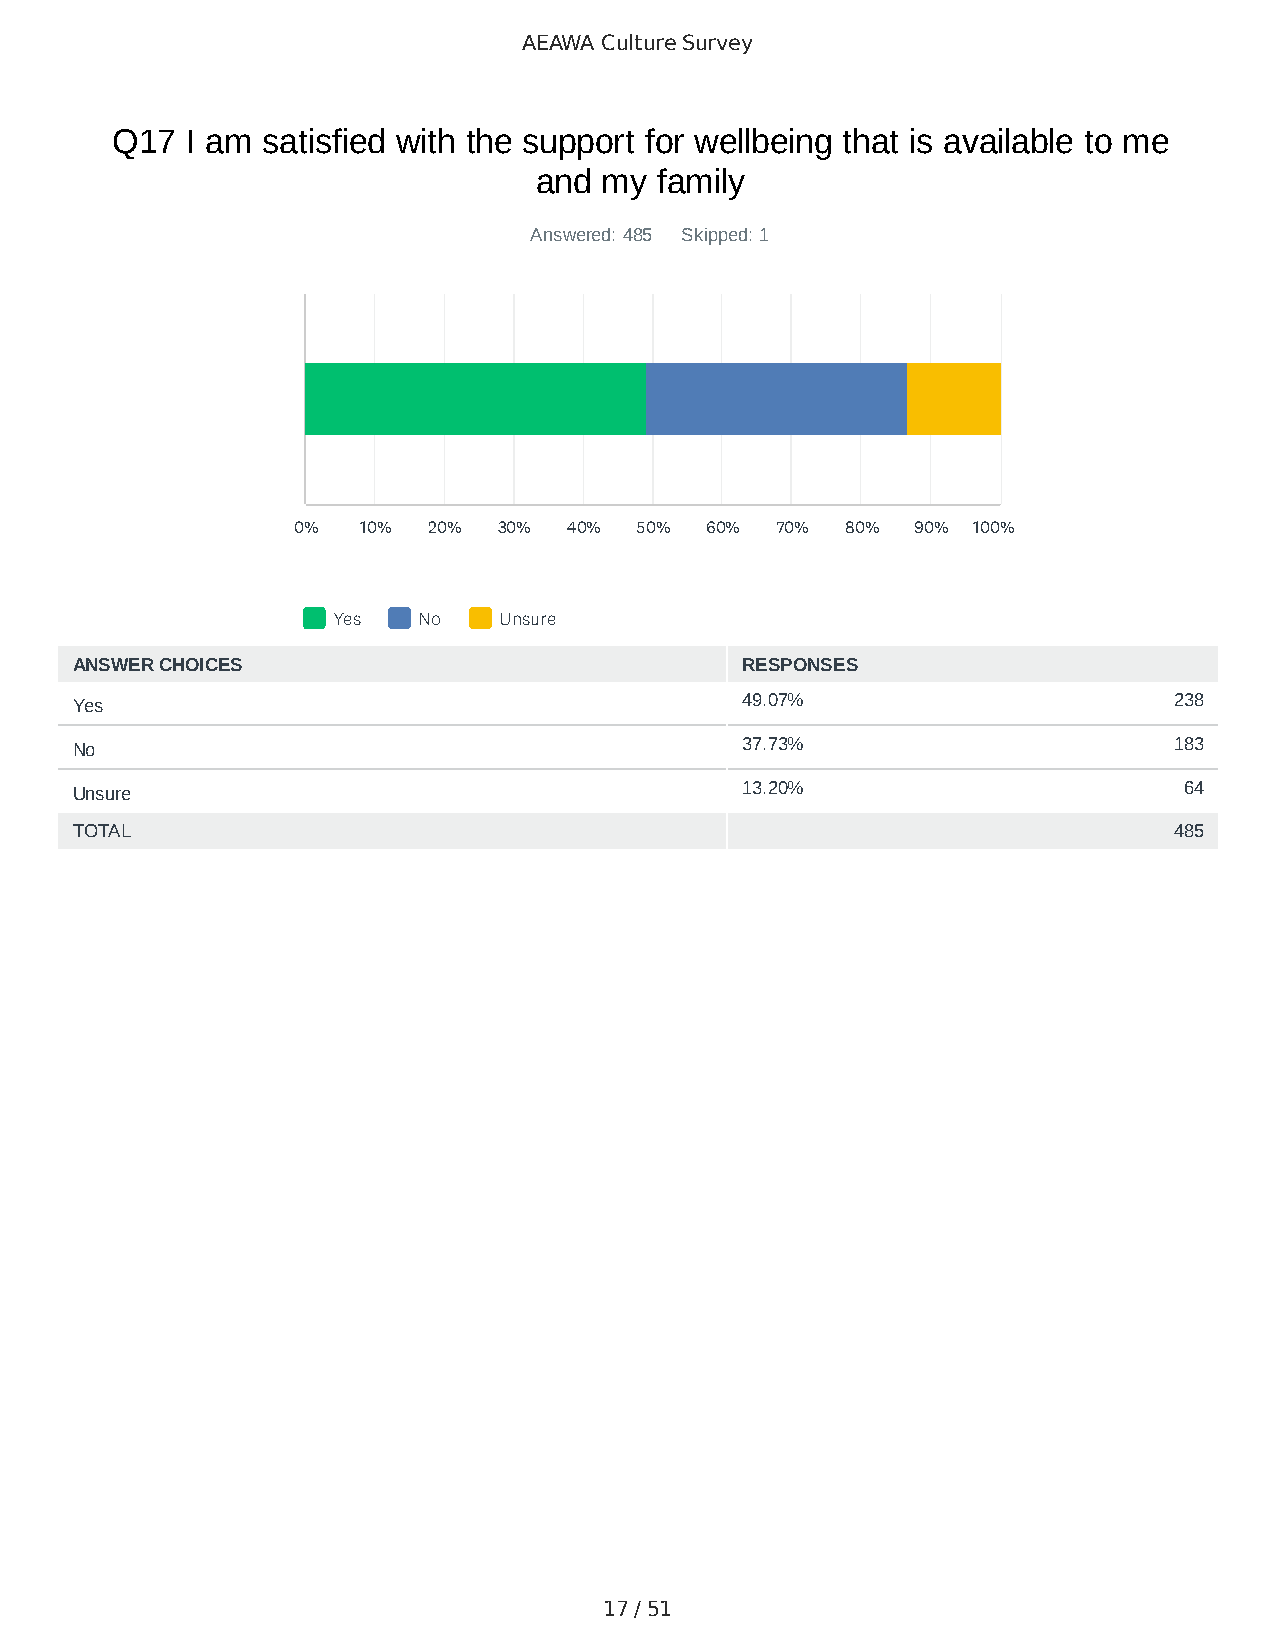
AEAWA Culture Survey
 Q17  I am satisfied with the support for wellbeing that is available to me
 and  my family
 Answered: 485 Skipped: 1
 0%   10% 20%  30%  40% 50%  60% 70%  80%  90% 100%
 Yes   No   Unsure
 ANSWER CHOICES                              RESPONSES
 Yes                                         49.07%                       238
 No                                          37.73%                       183
 Unsure                                      13.20%                       64
 TOTAL                                                                    485
 17 / 51